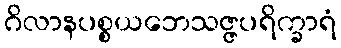
ဂိလာနပစ္စယဘေသဇ္ဇပရိက္ခာရံ